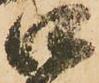
口